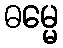
ဓမ္မေ